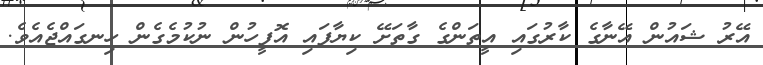
އޭރު ޝައުން އޭނާގެ ކާރުގައި އީތަންގެ ގާތަށޭ ކިޔާފައި އޮފީހުން ނުކުމެގެން ހިނގައްޖެއެވެ.